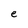
Character: e